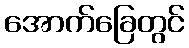
အောက်ခြေတွင်